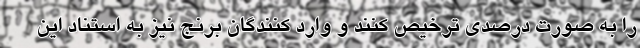
را به صورت درصدی ترخیص کنند و وارد کنندگان برنج نیز به استناد این